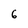
Character: 6